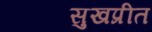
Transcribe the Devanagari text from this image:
सुखप्रीत